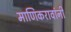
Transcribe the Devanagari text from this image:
माणिकरावांनी